Medical and sanitary report of the native army of Madras for the year
Year: 1872
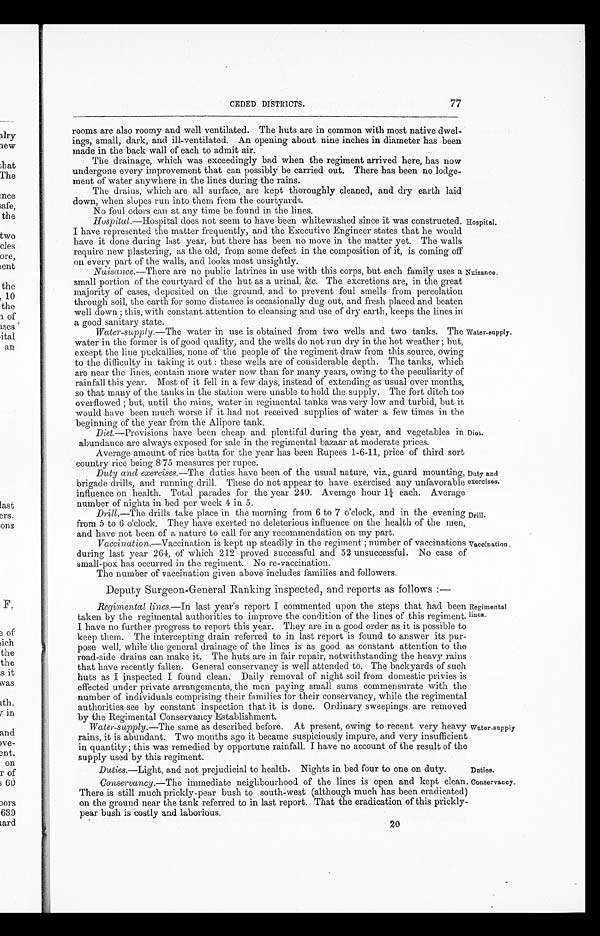
Duties.
Conservancy.
77
CEDED DISTRICTS.
rooms are also roomy and well ventilated. The huts are in common with most native dwel
-ings, small, dark, and ill-ventilated. An opening about nine inches in diameter has been
made in the back wall of each to admit air.
The drainage, which was exceedingly bad when the regiment arrived here, has now
undergone every improvement that can possibly be carried out. There has been no lodge
-ment of water anywhere in the lines during the rains.
The drains, which are all surface, are kept thoroughly cleaned, and dry earth laid
down, when slopes run into them from the courtyards.
No foul odors can at any time be found in the lines.
Hospital. —Hospital does not seem to have been whitewashed since it was constructed.
I have represented the matter frequently, and the Executive Engineer states that he would
have it done during last year, but there has been no move in the matter yet. The walls
require new plastering, as the old, from some defect in the composition of it, is coming off
on every part of the walls, and looks most unsightly.
Nuisance.— There are no public latrines in use with this corps, but each family uses a
small portion of the courtyard of the hut as a urinal, &c. The excretions are, in the great
majority of cases, deposited on the ground, and to prevent foul smells from percolation
through soil, the earth for some distance is occasionally dug out, and fresh placed and beaten
well clown; this, with constant attention to cleansing and use of dry earth, keeps the lines in
a good sanitary state.
Water-supply.—The water in use is obtained from two wells and two tanks. The
water in the former is of good quality, and the wells do not run dry in the hot weather; but,
except the line puckallies, none of the people of the regiment draw from this source, owing
to the difficulty in taking it out: these wells are of considerable depth. The tanks, which
are near the lines, contain more water now than for many years, owing to the peculiarity of
rainfall this year. Most of it fell in a few days, instead of extending as usual over months,
so that many of the tanks in the station were unable to hold the supply. The fort ditch too
overflowed; but, until the rains, water in regimental tanks was very low and turbid, but it
would have been much worse if it had not received supplies of water a few times in the
beginning of the year from the Alipore tank.
Hospital.
Nuisance.
Water-supply.
Diet.— Provisions have been cheap and plentiful during the year, and vegetables in
abundance are always exposed for sale in the regimental bazaar at moderate prices.
Average amount of rice batta for the year has been Rupees 1 - 6 - 11, price of third sort
country rice being 8.75 measures per rupee.
Duty and exercises.—The duties have been of the usual nature, viz., guard mounting,
brigade drills, and running drill. These do not appear to have exercised any unfavorable
influence on health. Total parades for the year 240. Average hour 1¼ each, Average
number of nights in bed per week 4 in 5.
Drill. —The drills take place in the morning from 6 to 7 o'clock, and in the evening
from 5 to 6 o'clock. They have exerted no deleterious influence on the health of the men,
and have not been of a nature to call for any recommendation on my part.
Diet.
Duty and
exercises.
Drill.
Vaccination.—Vaccination is kept up steadily in the regiment; number of vaccinations
during last year 264, of which 212 proved successful and 52 unsuccessful. No case of
small-pox has occurred in the regiment. No re-vaccination.
Vaccination.
The number of vaccination given above includes families and followers
.
Deputy Surgeon - General Ranking inspected, and reports as follows:—
Regimental lines. —In last year's report I commented upon the steps that had been
taken by the regimental authorities to improve the condition of the lines of this regiment.
I have no further progress to report this year. They are in a good order as it is possible to
keep them. The intercepting drain referred to in last report is found to answer its pur-
pose well, while the general drainage of the lines is as good as constant attention to the
road-side drains can make it. The huts are in fair repair, notwithstanding the heavy rains
that have recently fallen. General conservancy is well attended to. The backyards of such
huts as I inspected I found clean. Daily removal of night soil from domestic privies is
effected under private arrangements, the men paying small sums commensurate with the
number of individuals comprising their families for their conservancy, while the regimental
authorities see by constant inspection that it is done. Ordinary sweepings are removed
by the Regimental Conservancy Establishment.
Water-supply. —The same as described before. At present, owing to recent very heavy
rains, it is abundant. Two months ago it became suspiciously impure, and very insufficient
in quantity; this was remedied by opportune rainfall. I have no account of the result of the
supply used by this regiment.
Duties. —Light, and not prejudicial to health. Nights in bed four to one on duty.
Conservancy. —The immediate neighbourhood of the lines is open and kept clean.
There is still much prickly-pear bush to south-west (although much has been eradicated)
on the ground near the tank referred to in last report. That the eradication of this prickly
-pear bush is costly and laborious
Regimental
lines.
Water-supply
20